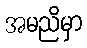
အမညိမှာ